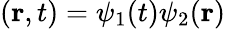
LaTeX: (\mathbf{r},t)=\psi_{1}(t)\psi_{2}(\mathbf{r})